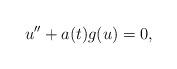
LaTeX: \begin{align*}u'' + a(t)g(u) = 0,\end{align*}